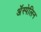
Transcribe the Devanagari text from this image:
अॅस्पेलिन